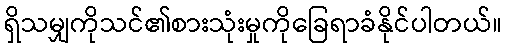
ရှိသမျှကိုသင်၏စားသုံးမှုကိုခြေရာခံနိုင်ပါတယ်။